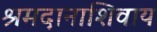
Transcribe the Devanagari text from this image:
श्रमदानाशिवाय